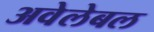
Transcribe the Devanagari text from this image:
अवेलेबल